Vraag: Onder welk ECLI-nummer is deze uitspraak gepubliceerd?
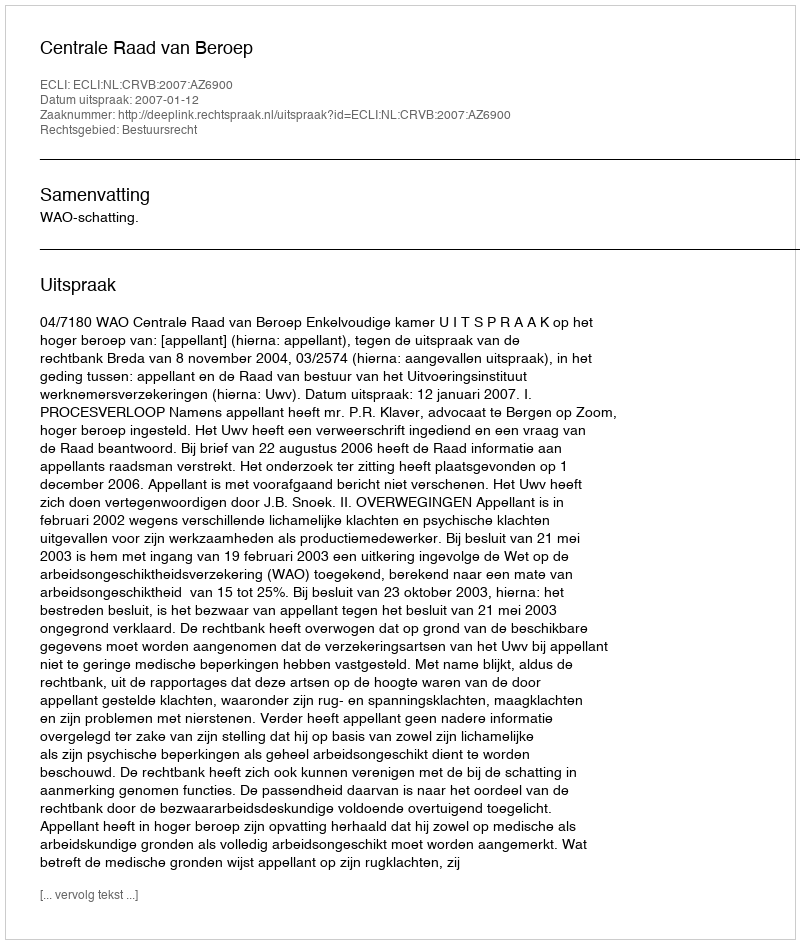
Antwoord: ECLI:NL:CRVB:2007:AZ6900